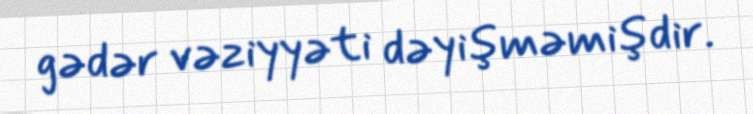
gədər vəziyyəti dəyişməmişdir.